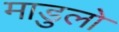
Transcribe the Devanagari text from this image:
माडुलो